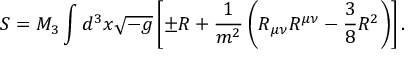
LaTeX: S = M _ { 3 } \int d ^ { 3 } x { \sqrt { - g } } \left[ \pm R + { \frac { 1 } { m ^ { 2 } } } \left( R _ { \mu \nu } R ^ { \mu \nu } - { \frac { 3 } { 8 } } R ^ { 2 } \right) \right] .